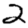
Digit: 2